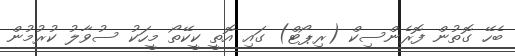
ބެހޭ ގޮތުން ފޮރެންސިކް (ރިޕޯޓް) ގައި އޮތީ ކީކޭތޯ މީހަކު ސުވާލު ކުރުމުން